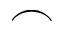
\frown